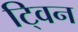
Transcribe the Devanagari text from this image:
टि्वन